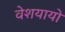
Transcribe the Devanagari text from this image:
वेशयायो